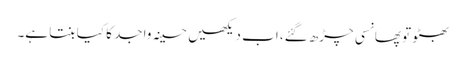
بھٹو تو پھانسی چڑھ گئے، اب دیکھیں حسینہ واجد کا کیا بنتا ہے۔